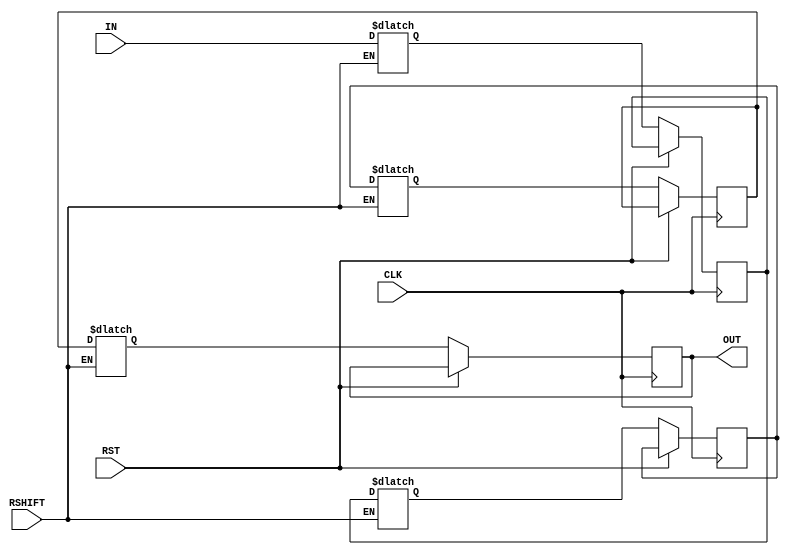
/* -----------------------------------------------------------------------------------
 * Module Name  : siso_right_Nb
 *
 * Description  : Basic parameterized serial in serial out right shifter
 * -----------------------------------------------------------------------------------

   MIT License

   Copyright (c) 2020 k-sva

   Permission is hereby granted, free of charge, to any person obtaining a copy
   of this software and associated documentation files (the Software), to deal
   in the Software without restriction, including without limitation the rights
   to use, copy, modify, merge, publish, distribute, sublicense, and/or sell
   copies of the Software, and to permit persons to whom the Software is
   furnished to do so, subject to the following conditions:

   The above copyright notice and this permission notice shall be included in all
   copies or substantial portions of the Software.

   THE SOFTWARE IS PROVIDED AS IS, WITHOUT WARRANTY OF ANY KIND, EXPRESS OR
   IMPLIED, INCLUDING BUT NOT LIMITED TO THE WARRANTIES OF MERCHANTABILITY,
   FITNESS FOR A PARTICULAR PURPOSE AND NONINFRINGEMENT. IN NO EVENT SHALL THE
   AUTHORS OR COPYRIGHT HOLDERS BE LIABLE FOR ANY CLAIM, DAMAGES OR OTHER
   LIABILITY, WHETHER IN AN ACTION OF CONTRACT, TORT OR OTHERWISE, ARISING FROM,
   OUT OF OR IN CONNECTION WITH THE SOFTWARE OR THE USE OR OTHER DEALINGS IN THE
   SOFTWARE.

 * ----------------------------------------------------------------------------------- */

module siso_right_Nb #( parameter BUS_WIDTH = 8, SISO_WIDTH = 4 )   (
                                                                        input RST,
                                                                        input CLK,
                                                                        input RSHIFT,
                                                                        input [BUS_WIDTH-1:0] IN,
                                                                        output [BUS_WIDTH-1:0] OUT
                                                                    );

    reg [BUS_WIDTH-1:0] siso_mem_p[SISO_WIDTH-1:0], siso_mem_n[SISO_WIDTH-1:0];
    integer i = 0, j = 0;

    always@(*)
    begin
        if( RSHIFT )
        begin
            for( i = 0; i < SISO_WIDTH; i = i + 1 )
            begin
                if( i == (SISO_WIDTH-1) )
                begin
                    siso_mem_n[i] = IN;
                end
                else
                begin
                    siso_mem_n[i] = siso_mem_p[i+1];
                end
            end
        end
    end

    always@( posedge CLK or posedge RST )
    begin
        for( j = 0; j < SISO_WIDTH; j = j + 1 )
        begin
            siso_mem_p[j] <= siso_mem_p[j];
        end

        if( RST )
        begin
            // Does nothing actually
        end
        else
        begin
            for( j = 0; j < SISO_WIDTH; j = j + 1 )
            begin
                siso_mem_p[j] <= siso_mem_n[j];
            end
        end
    end

    assign OUT = siso_mem_p[0];

endmodule